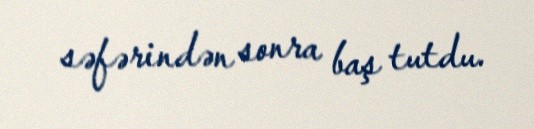
səfərindən sonra baş tutdu.